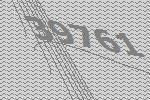
39761